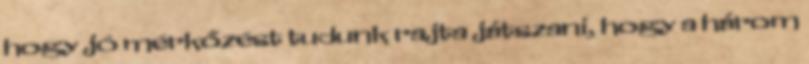
hogy jó mérkőzést tudunk rajta játszani, hogy a három